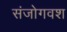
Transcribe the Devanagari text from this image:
संजोगवश